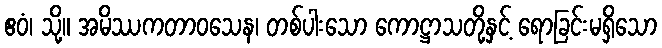
ဧဝံ၊ သို့။ အမိဿကတာဝသေန၊ တစ်ပါးသော ကောဋ္ဌာသတို့နှင့် ရောခြင်းမရှိသော